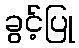
ခွင့်ပြု